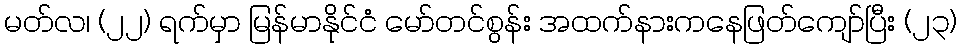
မတ်လ၊ (၂၂) ရက်မှာ မြန်မာနိုင်ငံ မော်တင်စွန်း အထက်နားကနေဖြတ်ကျော်ပြီး (၂၃)